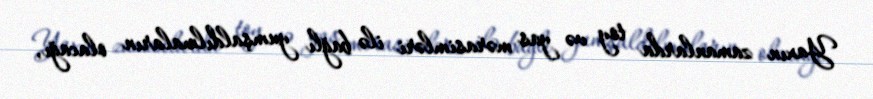
Yaxın zamanlarda toy və yas mərasimləri ilə bağlı yumşaldılmaların olacağı,